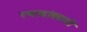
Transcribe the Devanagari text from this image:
रणखांबवाडी